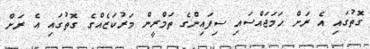
ގޮތުގައި އެ ރަށް ހަމަޖައްސައި ސިފައިންގެ ތަމްރީން މަރުކަޒެއްގެ ގޮތުގައި އެ ރަށް